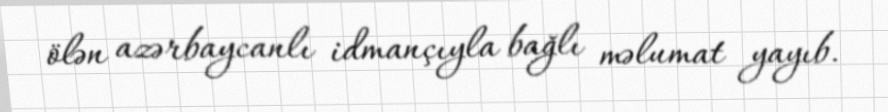
ölən azərbaycanlı idmançıyla bağlı məlumat yayıb.